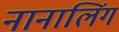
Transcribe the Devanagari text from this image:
नानालिंग